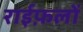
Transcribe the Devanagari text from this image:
राईफ़लों